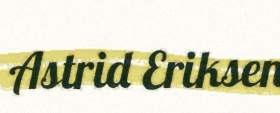
Astrid Eriksen